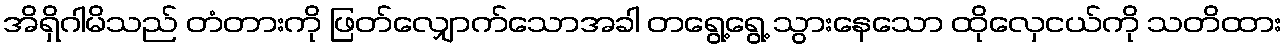
အိရှိဂါမိသည် တံတားကို ဖြတ်လျှောက်သောအခါ တရွေ့ရွေ့ သွားနေသော ထိုလှေငယ်ကို သတိထား